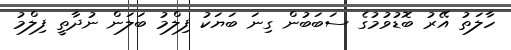
ހާލަތު އޭރު ބޮޑުވުމުގެ ސަބަބުން ގިނަ ބަޔަކު ފިލްމު ބަލަން ނުދާތީ ފިލްމު